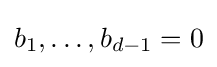
b_{1},\ldots ,b_{d-1}=0